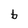
Character: b